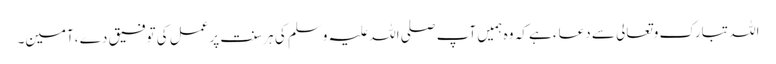
اللہ تبارک وتعالی سے دعاء ہے کہ وہ ہمیں آپ صلی اللہ علیہ وسلم کی ہرسنت پرعمل کی توفیق دے ،آمین۔